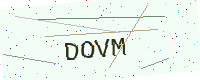
Text: DOVM